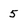
Character: 5